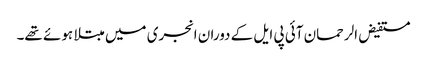
مستفیض الرحمان آئی پی ایل کے دوران انجری میں مبتلا ہوئے تھے۔